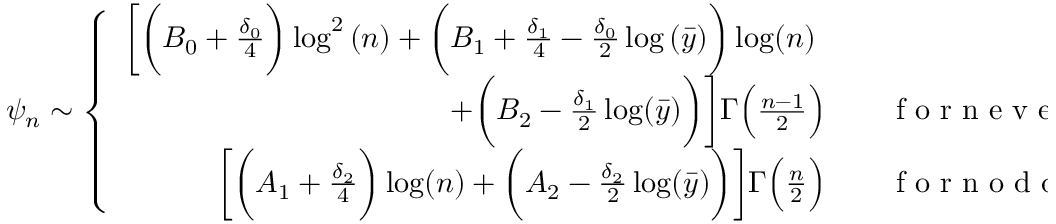
\psi _ { n } \sim \left\{ \begin{array} { r l } { \bigg [ \bigg ( B _ { 0 } + \frac { \delta _ { 0 } } { 4 } \bigg ) \log ^ { 2 } { ( n ) } + \bigg ( B _ { 1 } + \frac { \delta _ { 1 } } { 4 } - \frac { \delta _ { 0 } } { 2 } \log { ( \bar { y } ) } \bigg ) \log ( n ) \quad ~ } & { { } } \\ { + \bigg ( B _ { 2 } - \frac { \delta _ { 1 } } { 2 } \log ( \bar { y } ) \bigg ) \bigg ] \Gamma \Big ( \frac { n - 1 } { 2 } \Big ) \quad } & { { } \mathrm { ~ f ~ o ~ r ~ n ~ e ~ v ~ e ~ n ~ } , } \\ { \bigg [ \bigg ( A _ { 1 } + \frac { \delta _ { 2 } } { 4 } \bigg ) \log ( n ) + \bigg ( A _ { 2 } - \frac { \delta _ { 2 } } { 2 } \log ( \bar { y } ) \bigg ) \bigg ] \Gamma \Big ( \frac { n } { 2 } \Big ) \quad } & { { } \mathrm { ~ f ~ o ~ r ~ n ~ o ~ d ~ d ~ } . } \end{array} \right.